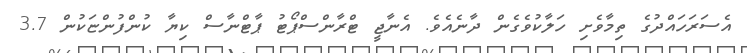
އެސަރަހައްދުގެ ތިމާވެށި ހަލާކުވެގެން ދާނެއެވެ. އެނާޖީ ޓްރާންސްޕޯޓު ޕާޓްނާސް ކިޔާ ކުންފުންޏަކުން 3.7